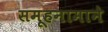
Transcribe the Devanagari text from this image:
समूहनामाने